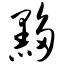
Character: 黟